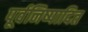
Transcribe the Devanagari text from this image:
पूर्वनिष्पादित